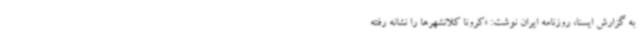
به گزارش ایسنا، روزنامه ایران نوشت: «کرونا کلانشهرها را نشانه رفته